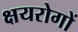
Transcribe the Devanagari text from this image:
क्षयरोगों